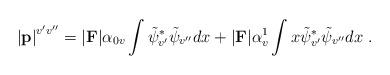
LaTeX: \begin{align*}\left|{\bf p}\right|^{v^\prime v^{\prime\prime}}=\vert {\bf F}\vert\alpha_{0v}\int\tilde{\psi}^\ast_{v^\prime}\tilde{\psi}_{v^{\prime\prime}}dx+\vert {\bf F}\vert\alpha_{v}^1\int x\tilde{\psi}^\ast_{v^\prime}\tilde{\psi}_{v^{\prime\prime}}dx~.\end{align*}